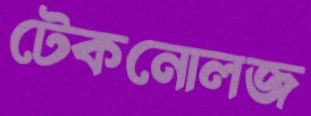
টেকনোলজ